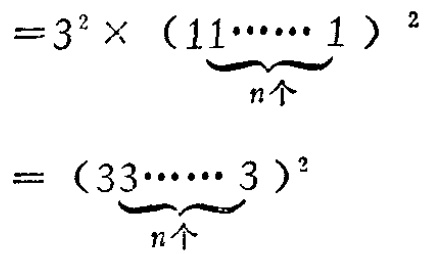
\[

\begin{align*}

&=3^{2}\times (\underbrace{11\cdots\cdots 1}_{n个})^{2}\\

&= (\underbrace{33\cdots\cdots 3}_{n个})^{2}

\end{align*}

\]